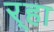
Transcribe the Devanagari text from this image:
र्‍हा